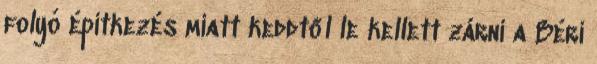
folyó építkezés miatt keddtől le kellett zárni a Béri